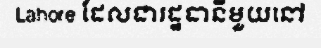
Lahore ដែលជារដ្ឋធានីមួយនៅ